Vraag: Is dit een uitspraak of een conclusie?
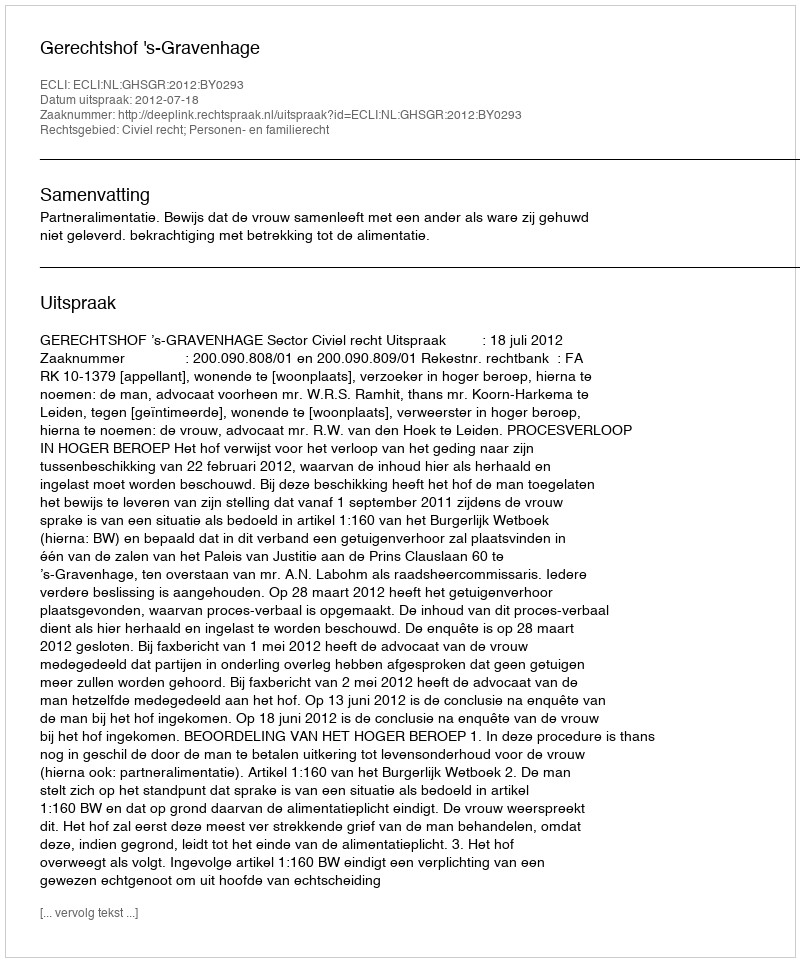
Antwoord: Uitspraak